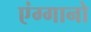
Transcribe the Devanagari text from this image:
एंग्गानो